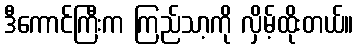
ဒီကောင်ကြီးက ကြည်သာ့ကို လှိမ့်ထိုးတယ်။